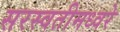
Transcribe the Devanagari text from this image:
सरस्वतीमध्वरे